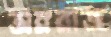
অম্লরাজ